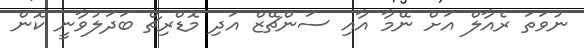
ނުވަތަ ރެއާލް އަށް ނޭމާ އާއި ސަންޗޭޒް އަދި މޮޑްރިޗް ބަދަލުވާނީ ކޮން